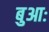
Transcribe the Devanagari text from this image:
बुआः